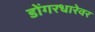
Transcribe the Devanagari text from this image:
डोंगरधारेवर